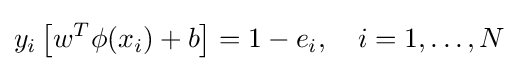
y_{i}\left[{w^{T}\phi (x_{i})+b}\right]=1-e_{i},\quad i=1,\ldots ,N